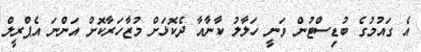
އެ ގައުމުގެ ބުޑިސްޓުން ވަނީ ހަލާލު ކާނާއާ ދެކޮޅަށް މުޒާހަރާކޮށް އަންނަ އެޕްރީލް